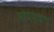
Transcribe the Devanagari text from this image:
सोपेश्यता